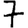
Digit: 7